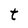
Character: t